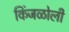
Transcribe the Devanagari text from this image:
किंजळोली